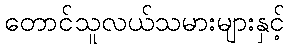
တောင်သူလယ်သမားများနှင့်